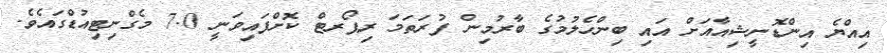
އިއްޔެ އިންޑޮނީޝިއާއަށް އައި ބިންހެލުމުގެ ބާރުމިން ފުރަތަމަ ރިޕޯރޓް ކޮށްފައިވަނީ 7.0 މެގްނިޓިއުޑްގައެވެ.